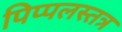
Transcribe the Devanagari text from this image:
पिप्पलस्तत्र